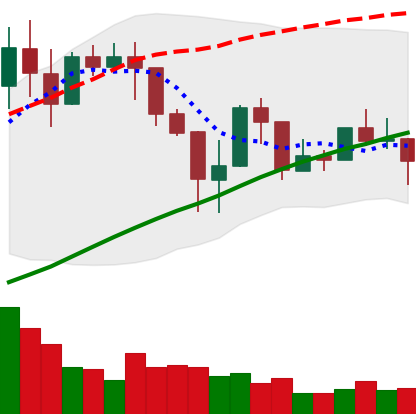
Ticker: LINK-USD
Chart end date: 2019-04-21
Forward return: -12.527%
Label: down_7plus